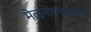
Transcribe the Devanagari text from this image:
मेलनोफ्लोइया